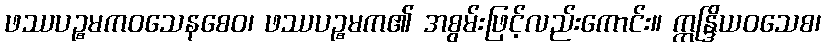
ဖဿပဉ္စမကဝသေနစေဝ၊ ဖဿပဉ္စမက၏ အစွမ်းဖြင့်လည်းကောင်း။ ဣန္ဒြိယဝသေစ၊